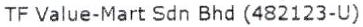
TF VALUE-MART SDN BHD (482123-U)